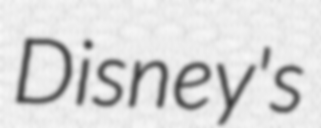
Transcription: Disney's